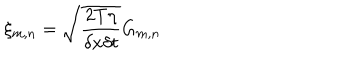
\xi _ { m , n } = \sqrt { \frac { 2 T \eta } { \delta x \delta t } } G _ { m , n }